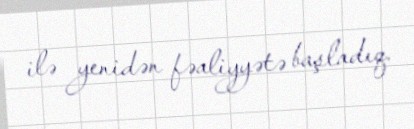
ilə yenidən fəaliyyətə başladıq.